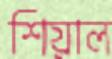
শিয়াল